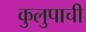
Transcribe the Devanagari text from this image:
कुलुपाची